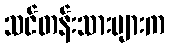
သင်တန်းသားများက